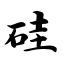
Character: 硅